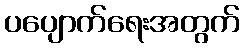
ပပျောက်ရေးအတွက်